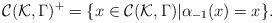
LaTeX: \begin{align*}{\cal C}({\cal K},\Gamma)^+ = \{ x \in{\cal C}({\cal K},\Gamma) | \alpha_{-1}(x)=x \}.\end{align*}